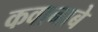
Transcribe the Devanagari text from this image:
कवानाबे